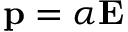
\mathbf { p } = \alpha \mathbf { E }